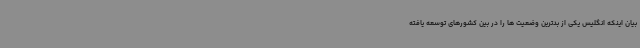
بیان اینکه انگلیس یکی از بدترین وضعیت ها را در بین کشورهای توسعه یافته